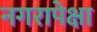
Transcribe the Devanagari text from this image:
नगरापेक्षा